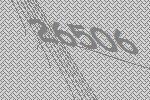
26506